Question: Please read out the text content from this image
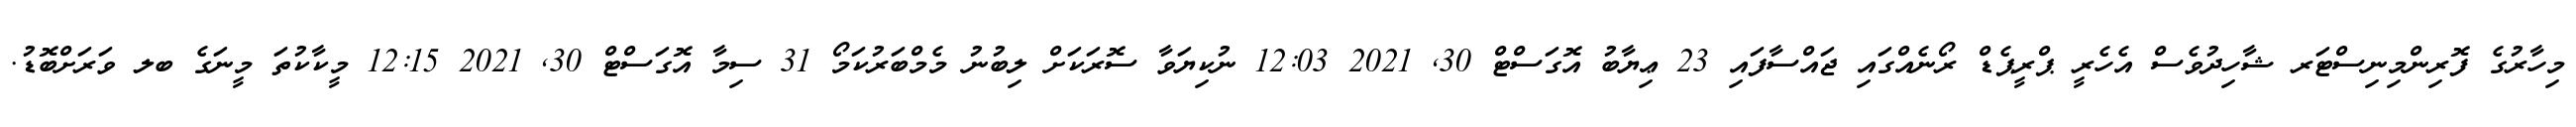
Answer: މިހާރުގެ ފޮރިންމިނިސްޓަރ ޝާހިދުވެސް އެހެރީ ޕްރީޕެޑް ރޯނެއްގައި ޖައްސާފައި 23 ޢިޔާބު އޮގަސްޓް 30, 2021 12:03 ނުކިޔަވާ ސޮރަކަށް ލިބުނު މެމްބަރުކަމޯ 31 ސިމާ އޮގަސްޓް 30, 2021 12:15 މީކާކުތަ މީނަގެ ބލ ވަރަށްބޮޑު.